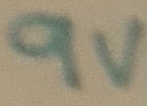
Text: 9V